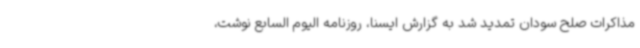
مذاکرات صلح سودان تمدید شد به گزارش ایسنا، روزنامه الیوم السابع نوشت،